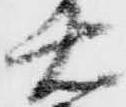
右